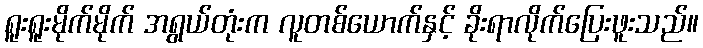
ရူးရူးမိုက်မိုက် အရွယ်တုံးက လူတစ်ယောက်နှင့် ခိုးရာလိုက်ပြေးဖူးသည်။